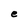
Character: e